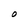
Character: O